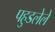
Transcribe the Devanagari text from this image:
पहुडलेले